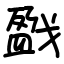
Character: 戤